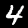
Digit: 4